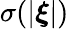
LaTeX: \sigma(|\boldsymbol{\xi}|)